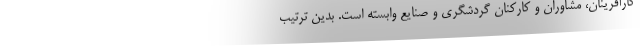
کارآفرینان، مشاوران و کارکنان گردشگری و صنایع وابسته است. بدین ترتیب